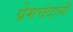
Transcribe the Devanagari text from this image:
प्रेमचंदांनी